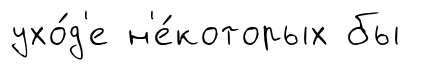
ухо́д'е н'е́которых бы